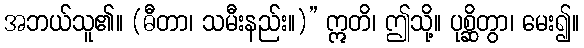
အဘယ်သူ၏။ (ဓီတာ၊ သမီးနည်း။)” ဣတိ၊ ဤသို့။ ပုစ္ဆိတွာ၊ မေး၍။